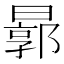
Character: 𣍉